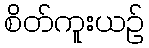
စိတ်ကူးယဉ်